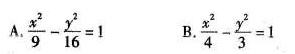
A.$$\frac { x ^ { 2 } } { 9 } - \frac { y ^ { 2 } } { 1 6 } = 1$$ B.$$\frac { x ^ { 2 } } { 4 } - \frac { y ^ { 2 } } { 3 } = 1$$